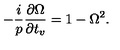
- \frac { i } { p } \frac { \partial \Omega } { \partial t _ { v } } = 1 - \Omega ^ { 2 } .